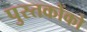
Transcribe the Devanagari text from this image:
पुस्‍तकोंको